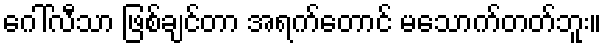
ဂေါ်လီသာ ဖြစ်ချင်တာ အရက်တောင် မသောက်တတ်ဘူး။